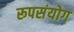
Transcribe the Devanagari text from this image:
रूपसंयोग